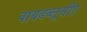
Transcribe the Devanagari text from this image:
वायडब्लूसीए